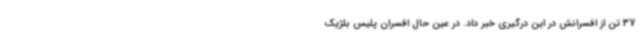
37 تن از افسرانش در این درگیری خبر داد. در عین حال افسران پلیس بلژیک